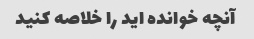
آنچه خوانده اید را خلاصه کنید